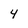
Character: 4